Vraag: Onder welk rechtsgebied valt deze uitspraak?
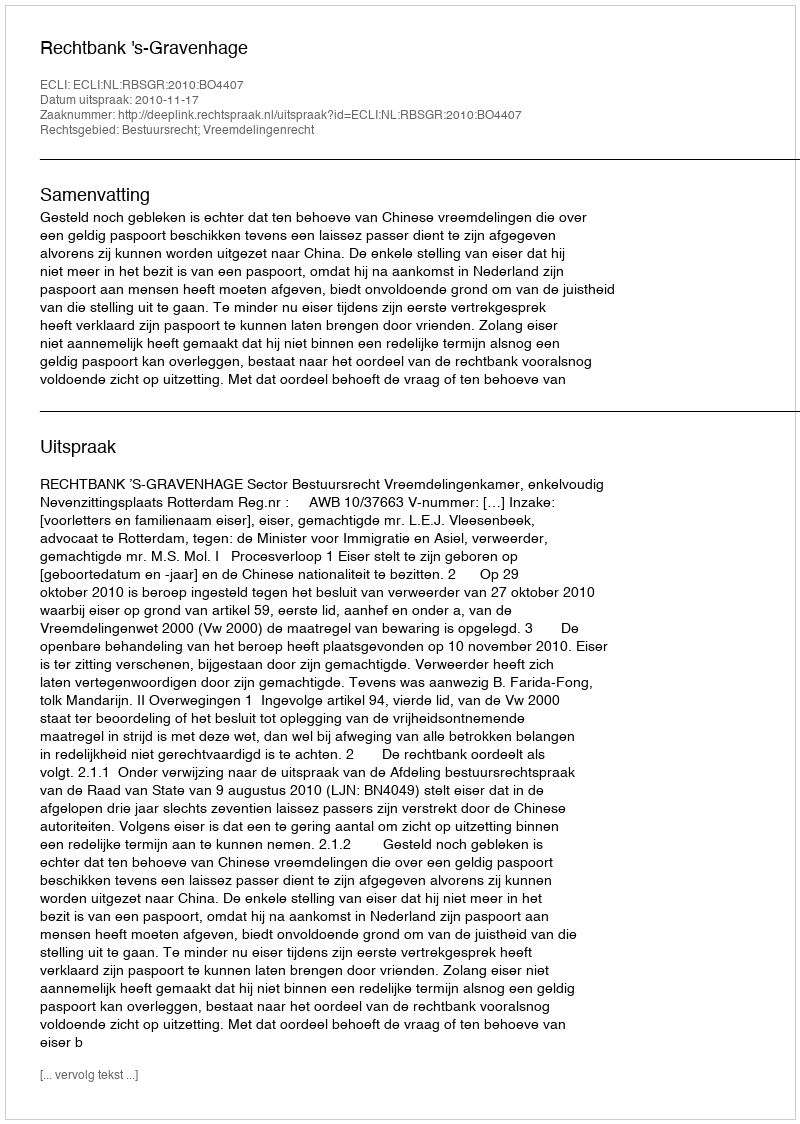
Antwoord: Bestuursrecht; Vreemdelingenrecht